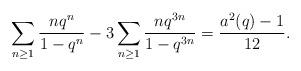
LaTeX: \begin{align*}\sum_{n\ge1}\frac{nq^{n}}{1-q^n}-3\sum_{n\ge1}\frac{nq^{3n}}{1-q^{3n}}=\frac{a^2(q)-1}{12}.\end{align*}